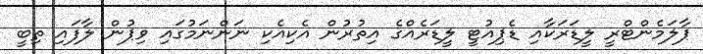
ޕާލަމެންޓްރީ ލީޑަރަކާއި ޑެޕިއުޓީ ލީޑަރެއްގެ އިތުރުން އެކިއެކި ނަންނަމުގައި ވިޕުން ލާފައި ތިބީ